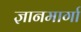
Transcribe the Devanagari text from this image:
ज्ञानमार्गा